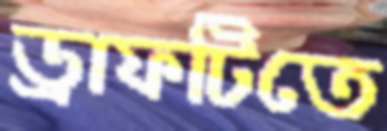
ড্রাফটিতে